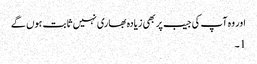
اور وہ آپ کی جیب پر بھی زیادہ بھاری نہیں ثابت ہوں گے
1۔